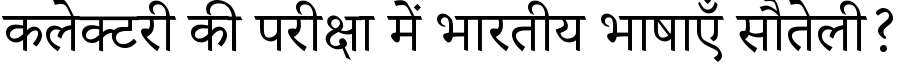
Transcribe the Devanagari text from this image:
कलेक्टरी की परीक्षा में भारतीय भाषाएँ सौतेली?